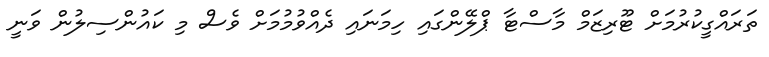
ތަރައްގީކުރުމަށް ޓޫރިޒަމް މާސްޓާ ޕްލޭންގައި ހިމަނައި ދެއްވުމުމަށް ވެސް މި ކައުންސިލުން ވަނީ